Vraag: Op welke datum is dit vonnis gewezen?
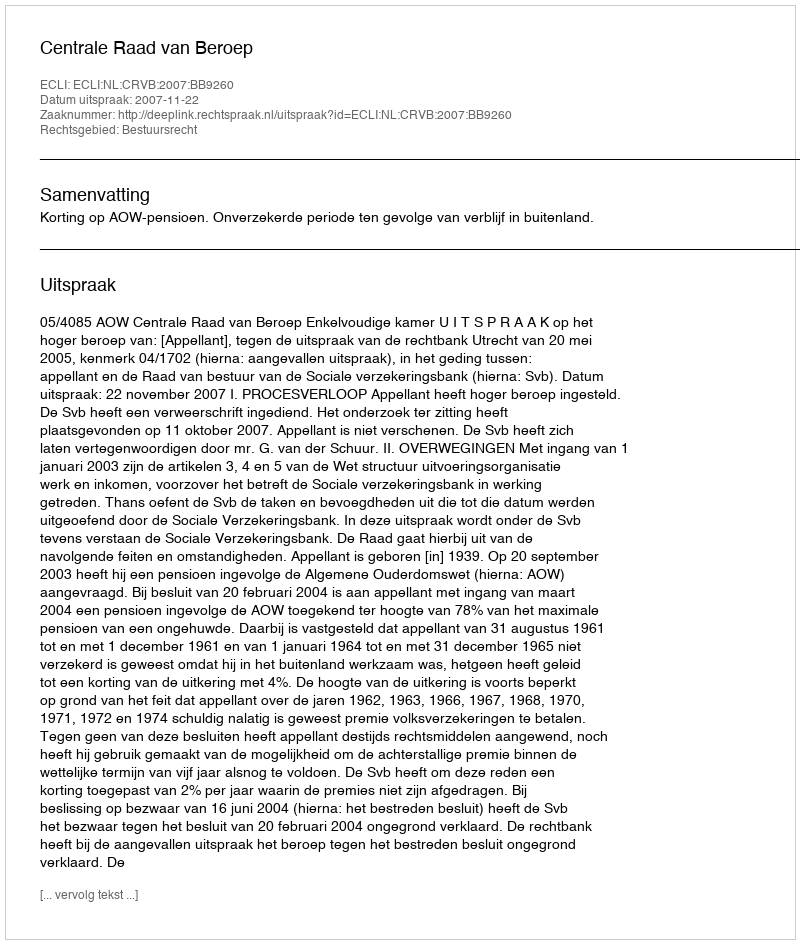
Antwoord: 2007-11-22